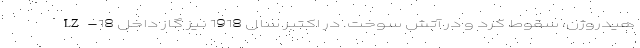
هیدروژن، سقوط کرد و در آتش سوخت. در اکتبر سال 1918 نیز گاز داخل LZ-18